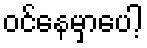
ဝင်နေမှာပေါ့